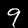
Label: 9